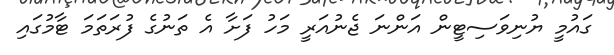
ގައުމީ ޔުނިވަސިޓީން އަންނަ ޖެނުއަރީ މަހު ފަށާ އެ ތަނުގެ ފުރަތަމަ ޓާމުގައި